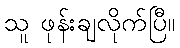
သူ ဖုန်းချလိုက်ပြီ။